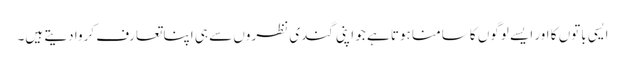
ایسی باتوں کا اور ایسے لوگوں کا سامنا ہوتا ہے جو اپنی گندی نظروں سے ہی اپنا تعارف کروا دیتے ہیں۔